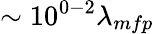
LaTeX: \sim 10^{0-2}\lambda_{mfp}